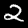
Label: 2